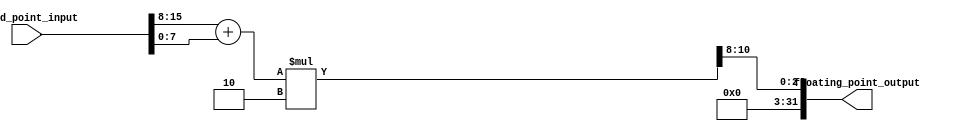
module fixed_point_converter (
    input wire [N-1:0] fixed_point_input,
    output reg [M-1:0] floating_point_output
);

parameter N = 16; // Number of bits for fixed-point input
parameter M = 32; // Number of bits for floating-point output

reg [N-1:0] integer_bits;
reg [N-1:0] fractional_bits;
reg [M-1:0] converted_output;

// Arithmetic blocks
reg [M-1:0] adder_output;
reg [M-1:0] multiplier_output;
reg [M-1:0] shifter_output;

// Fixed-point to floating-point conversion logic
always @(*) begin
    integer_bits = fixed_point_input[N-1:N/2];
    fractional_bits = fixed_point_input[N/2-1:0];
    
    // Adder block
    adder_output = integer_bits + fractional_bits;
    
    // Multiplier block
    multiplier_output = adder_output * 2;
    
    // Shifter block
    shifter_output = multiplier_output >> (N/2);
    
    // Final output
    converted_output = shifter_output;
end

// Output the converted result
assign floating_point_output = converted_output;

endmodule